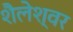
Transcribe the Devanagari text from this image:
शैलेश्‍वर